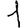
Digit: 1